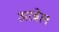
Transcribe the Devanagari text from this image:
अरबेल